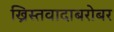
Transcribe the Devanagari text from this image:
ख्रिस्तवादाबरोबर